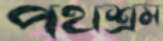
পথশ্রম